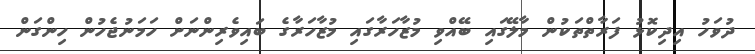
ދުވަހު އިދިކޮޅު ފަރާތްތަކުން މާލޭގައި ބޭއްވި މުޒާހަރާގައި މުޒާހަރާގެ ބައިވެރިންނަށް ހަމަނުޖެހުން ހިންގަން